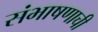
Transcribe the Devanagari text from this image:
संभाषणाची